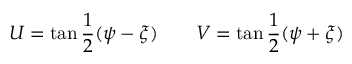
U = \tan \frac 1 2 ( \psi - \xi ) \quad \quad V = \tan \frac 1 2 ( \psi + \xi )